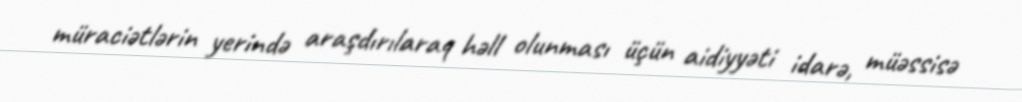
müraciətlərin yerində araşdırılaraq həll olunması üçün aidiyyəti idarə, müəssisə